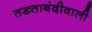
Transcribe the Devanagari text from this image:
तख्ताबंदीवाली